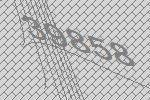
39858